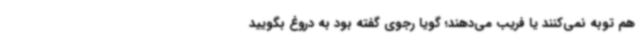
هم توبه نمی‌کنند یا فریب می‌دهند؛ گویا رجوی گفته بود به دروغ بگویید